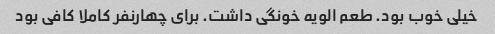
خیلی خوب بود. طعم الویه خونگی داشت. برای چهارنفر کاملا کافی بود